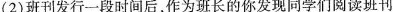
(2)班刊发行一段时间后，作为班长的你发现同学们阅读班刊